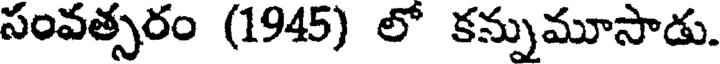
సంవత్సరం (1945) లో కన్నుమూసాడు.